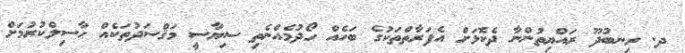
ދ. ރިނބުދޫ ރައްޔިތުންނާ ދެކޮޅަށް އެފަރާތްތަކުގެ ބަހެއް ހޯދުމެއްނެތި ސިޔާސީ މަޤްސަދުތަކެއް ޙާސިލްކުރުމަށް